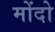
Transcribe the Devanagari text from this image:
मोंदो